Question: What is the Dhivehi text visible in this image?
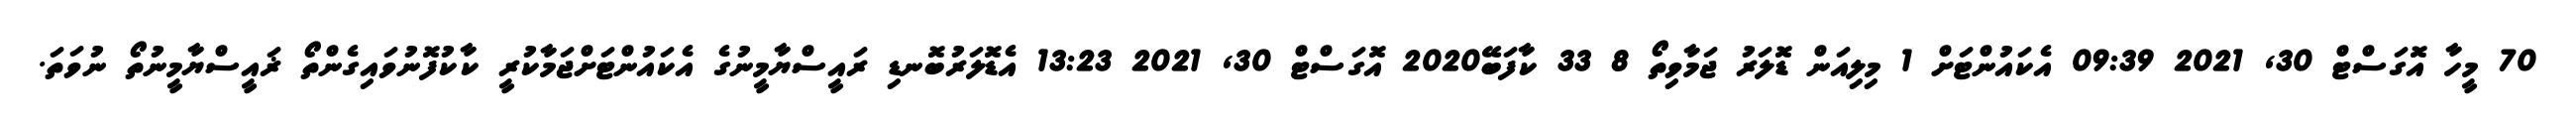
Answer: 70 މީހާ އޮގަސްޓް 30, 2021 09:39 އެކައުންޓަށް 1 މިލިއަން ޑޮލަރު ޖަމާވިތޯ 8 33 ކާފަބޭ2020 އޮގަސްޓް 30, 2021 13:23 އެޑޮލަރުބޮނޑި ރައީސްޔާމީނުގެ އެކައުންޓަށްޖަމާކުރީ ކާކުފޮނުވައިގެންތޯ ޜައީސްޔާމީނުތޯ ނުވަތަ.